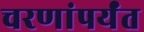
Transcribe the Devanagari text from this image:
चरणांपर्यंत